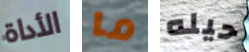
الأداة ما حيله